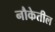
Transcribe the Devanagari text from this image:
नौकेतील